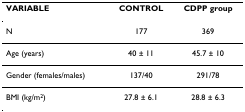
<table><thead><tr><td><b>VARIABLE</b></td><td><b>CONTROL</b></td><td><b>CDPP group</b></td></tr></thead><tbody><tr><td>N</td><td>177</td><td>369</td></tr><tr><td>Age (years)</td><td>40 ± 11</td><td>45.7 ± 10</td></tr><tr><td>Gender (females/males)</td><td>137/40</td><td>291/78</td></tr><tr><td>BMI (kg/m<sup>2</sup>)</td><td>27.8 ± 6.1</td><td>28.8 ± 6.3</td></tr></tbody></table>